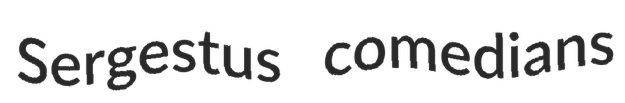
Sergestus comedians